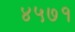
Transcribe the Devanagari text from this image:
४५७१